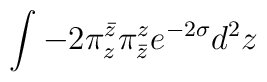
\int -2\pi^{\bar z}_z\pi^z_{\bar z} e^{-2\sigma} d^2 z